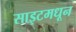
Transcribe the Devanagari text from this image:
साइटमधून